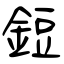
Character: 鋀